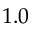
1 . 0